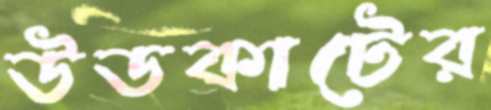
উডকাটের